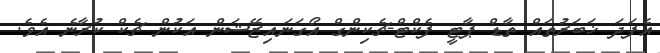
އެފަދަ ޚަބަރުތައް ތާޑް ޕާޓީ ފެކްޓް-ޗެކިންގް އޯގަނައިޒޭޝަން އަކުން ޗެކް ކުރާނެ އެވެ.